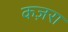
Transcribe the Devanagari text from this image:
कज़रा